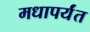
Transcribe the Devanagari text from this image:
मधापर्यंत